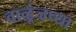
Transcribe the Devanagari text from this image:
वाळूंजच्या